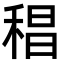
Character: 䅛